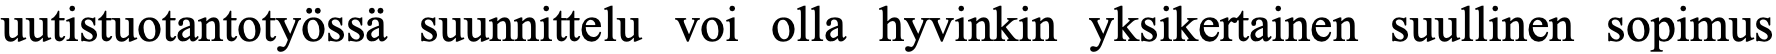
uutistuotantotyössä suunnittelu voi olla hyvinkin yksikertainen suullinen sopimus